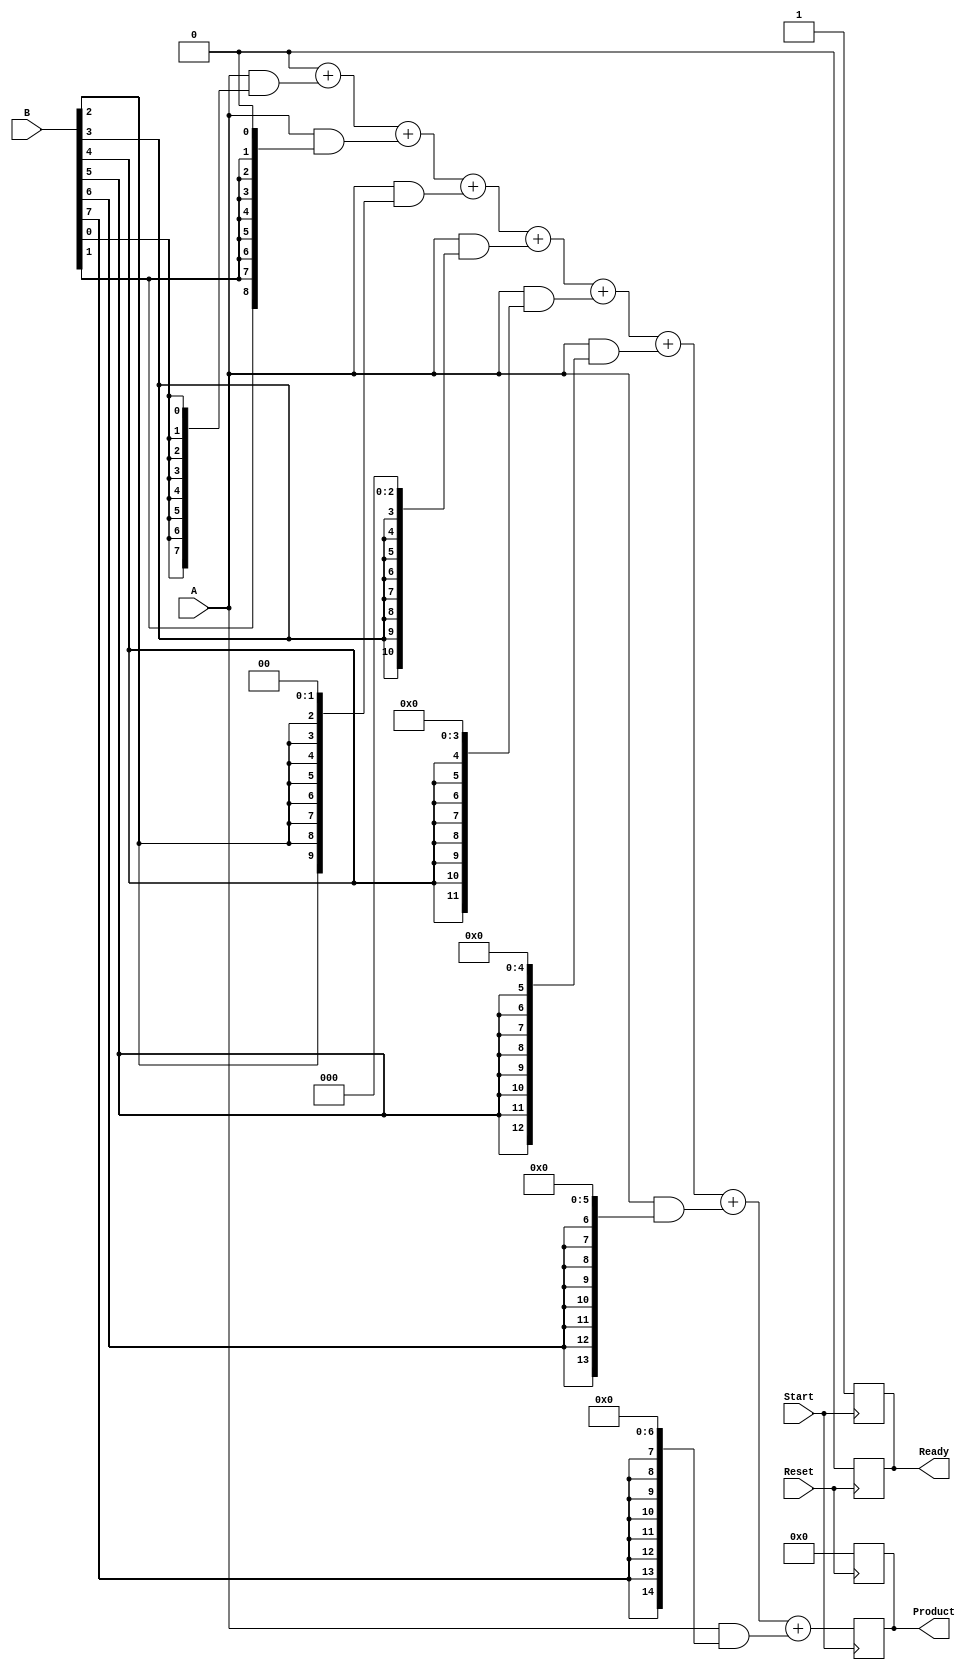
module PartialProductAccumulator #(
    parameter N = 8, // Number of bits for multiplicand A
    parameter M = 8  // Number of bits for multiplier B
)(
    input  wire [N-1:0] A,       // Multiplicand
    input  wire [M-1:0] B,       // Multiplier
    input  wire Start,            // Start signal
    input  wire Reset,            // Reset signal
    output reg  [N+M-1:0] Product, // Final product output
    output reg  Ready             // Ready signal
);

    reg [N+M-1:0] partial_products [0:M-1]; // Array to hold partial products
    reg [N+M-1:0] accumulator;                // Accumulator for the final product
    integer i;                                // Loop variable
    integer count;                            // Counter for the number of cycles

    // Reset logic
    always @(posedge Reset) begin
        Product <= 0;
        accumulator <= 0;
        Ready <= 0;
        count <= 0;
    end

    // Main operation
    always @(posedge Start) begin
        // Generate partial products
        for (i = 0; i < M; i = i + 1) begin
            partial_products[i] = A & {N{B[i]}} << i; // AND and shift
        end
        
        // Accumulate partial products
        accumulator = 0; // Clear accumulator
        for (i = 0; i < M; i = i + 1) begin
            accumulator = accumulator + partial_products[i]; // Add partial products
        end
        
        // Store the result in Product
        Product <= accumulator;
        Ready <= 1; // Indicate that the multiplication is complete
    end

endmodule